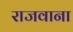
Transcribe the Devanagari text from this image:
राजवाना